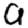
Digit: 0